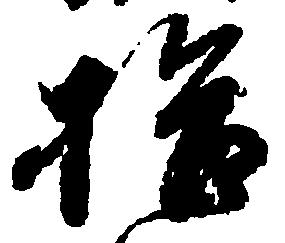
拾